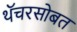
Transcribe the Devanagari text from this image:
थॅचरसोबत